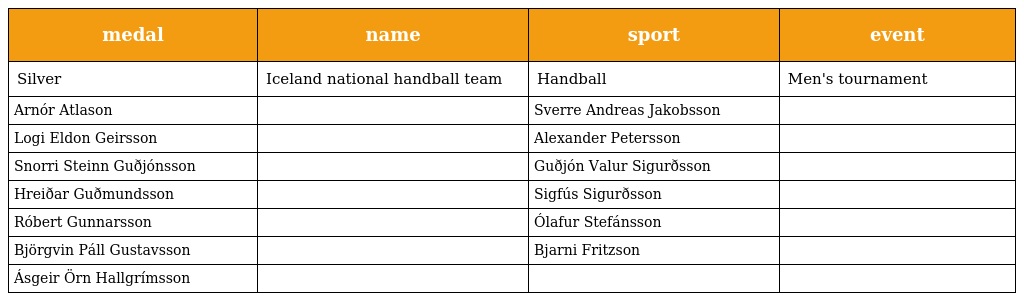
| medal | name | sport | event |
 | --- | --- | --- | --- |
 | Silver | Iceland national handball team | Handball | Men's tournament |
 | Arnór Atlason |  | Sverre Andreas Jakobsson |  |
 | Logi Eldon Geirsson |  | Alexander Petersson |  |
 | Snorri Steinn Guðjónsson |  | Guðjón Valur Sigurðsson |  |
 | Hreiðar Guðmundsson |  | Sigfús Sigurðsson |  |
 | Róbert Gunnarsson |  | Ólafur Stefánsson |  |
 | Björgvin Páll Gustavsson |  | Bjarni Fritzson |  |
 | Ásgeir Örn Hallgrímsson |  |  |  |